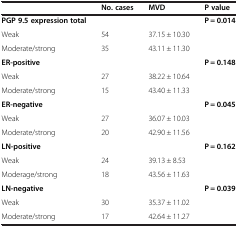
<table><thead><tr><td><b> </b></td><td><b>No. cases</b></td><td><b>MVD</b></td><td><b>P value</b></td></tr></thead><tbody><tr><td><b>PGP 9.5 expression total</b></td><td> </td><td> </td><td><b>P = 0.014</b></td></tr><tr><td>Weak</td><td>54</td><td>37.15 ± 10.30</td><td> </td></tr><tr><td>Moderate/strong</td><td>35</td><td>43.11 ± 11.30</td><td> </td></tr><tr><td><b>ER-positive</b></td><td> </td><td> </td><td><b>P = 0.148</b></td></tr><tr><td>Weak</td><td>27</td><td>38.22 ± 10.64</td><td> </td></tr><tr><td>Moderate/strong</td><td>15</td><td>43.40 ± 11.33</td><td> </td></tr><tr><td><b>ER-negative</b></td><td> </td><td> </td><td><b>P = 0.045</b></td></tr><tr><td>Weak</td><td>27</td><td>36.07 ± 10.03</td><td> </td></tr><tr><td>Moderate/strong</td><td>20</td><td>42.90 ± 11.56</td><td> </td></tr><tr><td><b>LN-positive</b></td><td> </td><td> </td><td><b>P = 0.162</b></td></tr><tr><td>Weak</td><td>24</td><td>39.13 ± 8.53</td><td> </td></tr><tr><td>Moderage/strong</td><td>18</td><td>43.56 ± 11.63</td><td> </td></tr><tr><td><b>LN-negative</b></td><td> </td><td> </td><td><b>P = 0.039</b></td></tr><tr><td>Weak</td><td>30</td><td>35.37 ± 11.02</td><td> </td></tr><tr><td>Moderate/strong</td><td>17</td><td>42.64 ± 11.27</td><td> </td></tr></tbody></table>